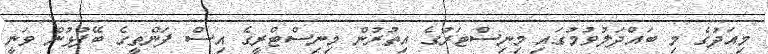
މިއަދުގެ މި ބައްދަލުވުމުގައި މިނިސްޓަރުގެ އިތުރުން މިނިސްޓްރީގެ އިސް ފަންތީގެ ބޭފުޅުން ވަނީ